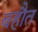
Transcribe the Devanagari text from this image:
बहौत